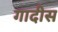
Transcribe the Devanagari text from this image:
गादीस